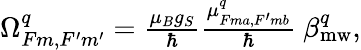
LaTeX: \begin{array}{r}{\Omega_{Fm,F^{\prime}m^{\prime}}^{q}=\frac{\mu_{B}g_{S}}{\hbar}\frac{\mu_{Fma,F^{\prime}mb}^{q}}{\hbar}\ \beta_{\mathrm{mw}}^{q},}\end{array}